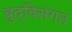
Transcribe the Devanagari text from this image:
बुद्विसंगत